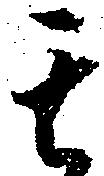
其